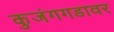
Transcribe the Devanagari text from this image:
कुजंगगडावर